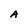
Character: A